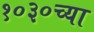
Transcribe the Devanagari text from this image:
१०३०च्या